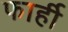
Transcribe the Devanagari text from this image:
फार्ही